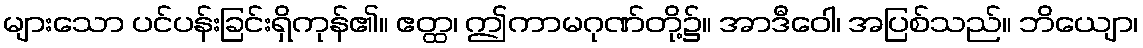
များသော ပင်ပန်းခြင်းရှိကုန်၏။ ဧတ္ထ၊ ဤကာမဂုဏ်တို့၌။ အာဒီဝေါ၊ အပြစ်သည်။ ဘိယျော၊